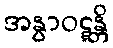
အနွာဝဋ္ဋန္တိ